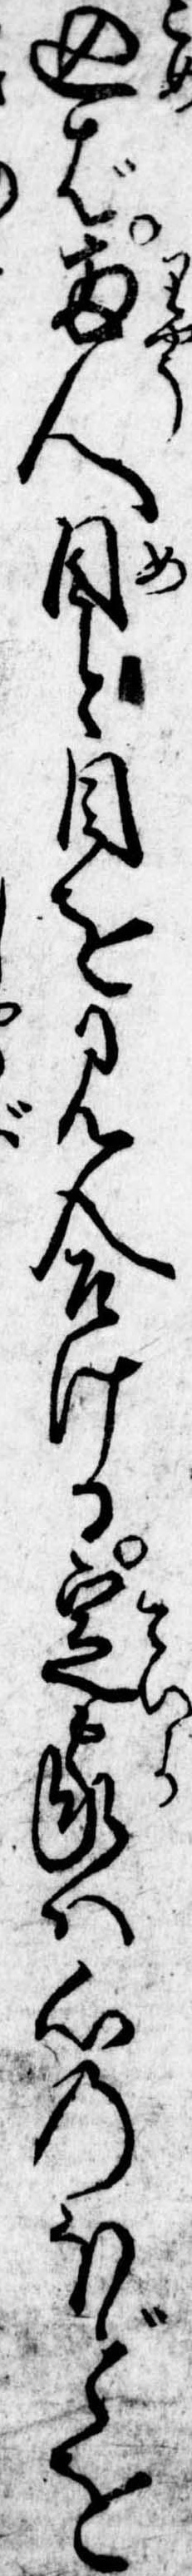
込ば両人目と目を見合ける定家は心のほどを